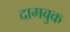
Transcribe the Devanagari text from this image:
दामबुक